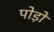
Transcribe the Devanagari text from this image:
पोड़ों